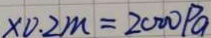
\times 0 . 2 m = 2 0 0 0 P a